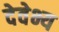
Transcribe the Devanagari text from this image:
देवेभ्य